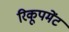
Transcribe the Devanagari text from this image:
रिकूपमेंट